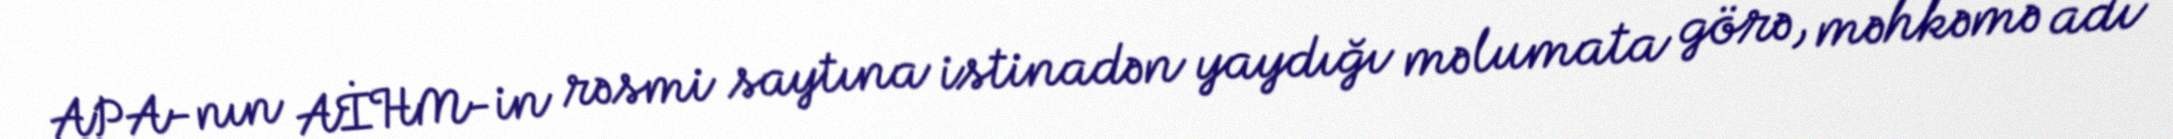
APA-nın AİHM-in rəsmi saytına istinadən yaydığı məlumata görə, məhkəmə adı